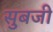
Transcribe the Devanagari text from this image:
सुबजी